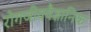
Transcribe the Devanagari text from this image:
रोगजीववैज्ञानिक